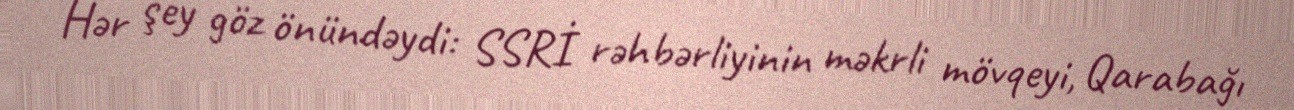
Hər şey göz önündəydi: SSRİ rəhbərliyinin məkrli mövqeyi, Qarabağı